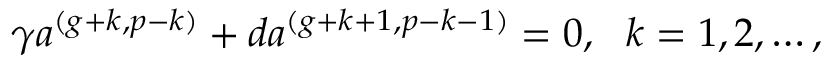
\gamma a ^ { ( g + k , p - k ) } + d a ^ { ( g + k + 1 , p - k - 1 ) } = 0 , \ \ k = 1 , 2 , \ldots ,